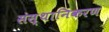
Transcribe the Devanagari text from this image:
संस्थानिकरण